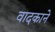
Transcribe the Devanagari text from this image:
वादकाने